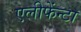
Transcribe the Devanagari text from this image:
एलीफेंन्टा